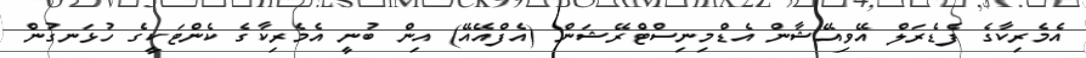
އެމެރިކާގެ ފެޑެރަލް އޭވިއޭޝާން އެޑްމިނިސްޓްރޭޝަން (އެފްއޭއޭ) އިން ބުނީ އެމެރިކާގެ ކެންޓަކީގެ ހުޅަނގުން